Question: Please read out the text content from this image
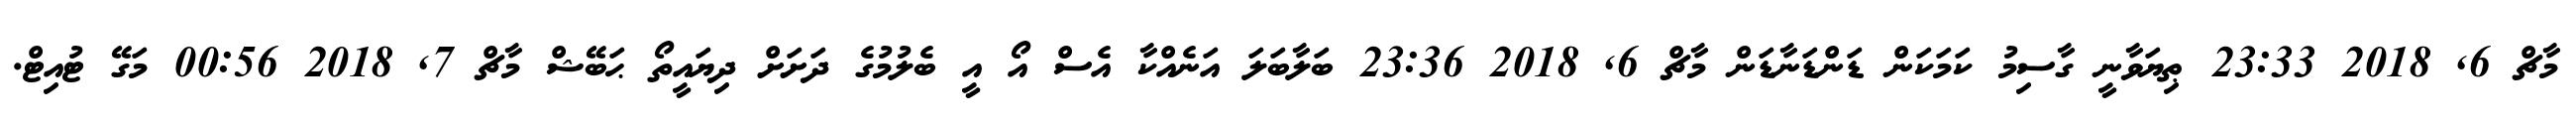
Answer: މާޗް 6, 2018 23:33 ޠިޔަވާނީ ގާސިމު ކަމަކަން ޑަންޑަނާޑަން މާޗް 6, 2018 23:36 ބަލާބަލަ އަނެއްކާ އެސް އޯ އީ ބެލުމުގެ ދަށަށް ދިޔައީތޯ ޙަބޭޝް މާޗް 7, 2018 00:56 މަގޭ ޓުއިޓް.